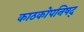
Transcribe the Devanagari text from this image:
काठकोपनिषद्